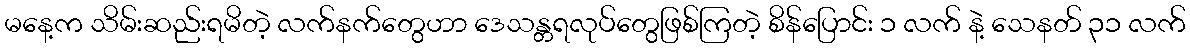
မနေ့က သိမ်းဆည်းရမိတဲ့ လက်နက်တွေဟာ ဒေသန္တရလုပ်တွေဖြစ်ကြတဲ့ စိန်ပြောင်း ၁ လက် နဲ့ သေနတ် ၃၁ လက်